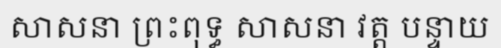
សាសនា ព្រះពុទ្ធ សាសនា វត្ត បន្ទាយ